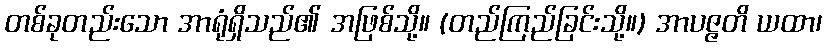
တစ်ခုတည်းသော အာရုံရှိသည်၏ အဖြစ်သို့။ (တည်ကြည်ခြင်းသို့။) အာပဇ္ဇတိ ယထာ၊